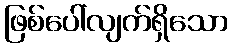
ဖြစ်ပေါ်လျက်ရှိသော